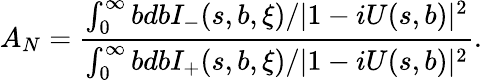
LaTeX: A_{N}=\frac{\int_{0}^{\infty}bdbI_{-}(s,b,\xi)/|1-iU(s,b)|^{2}}{\int_{0}^{\infty}bdbI_{+}(s,b,\xi)/|1-iU(s,b)|^{2}}.